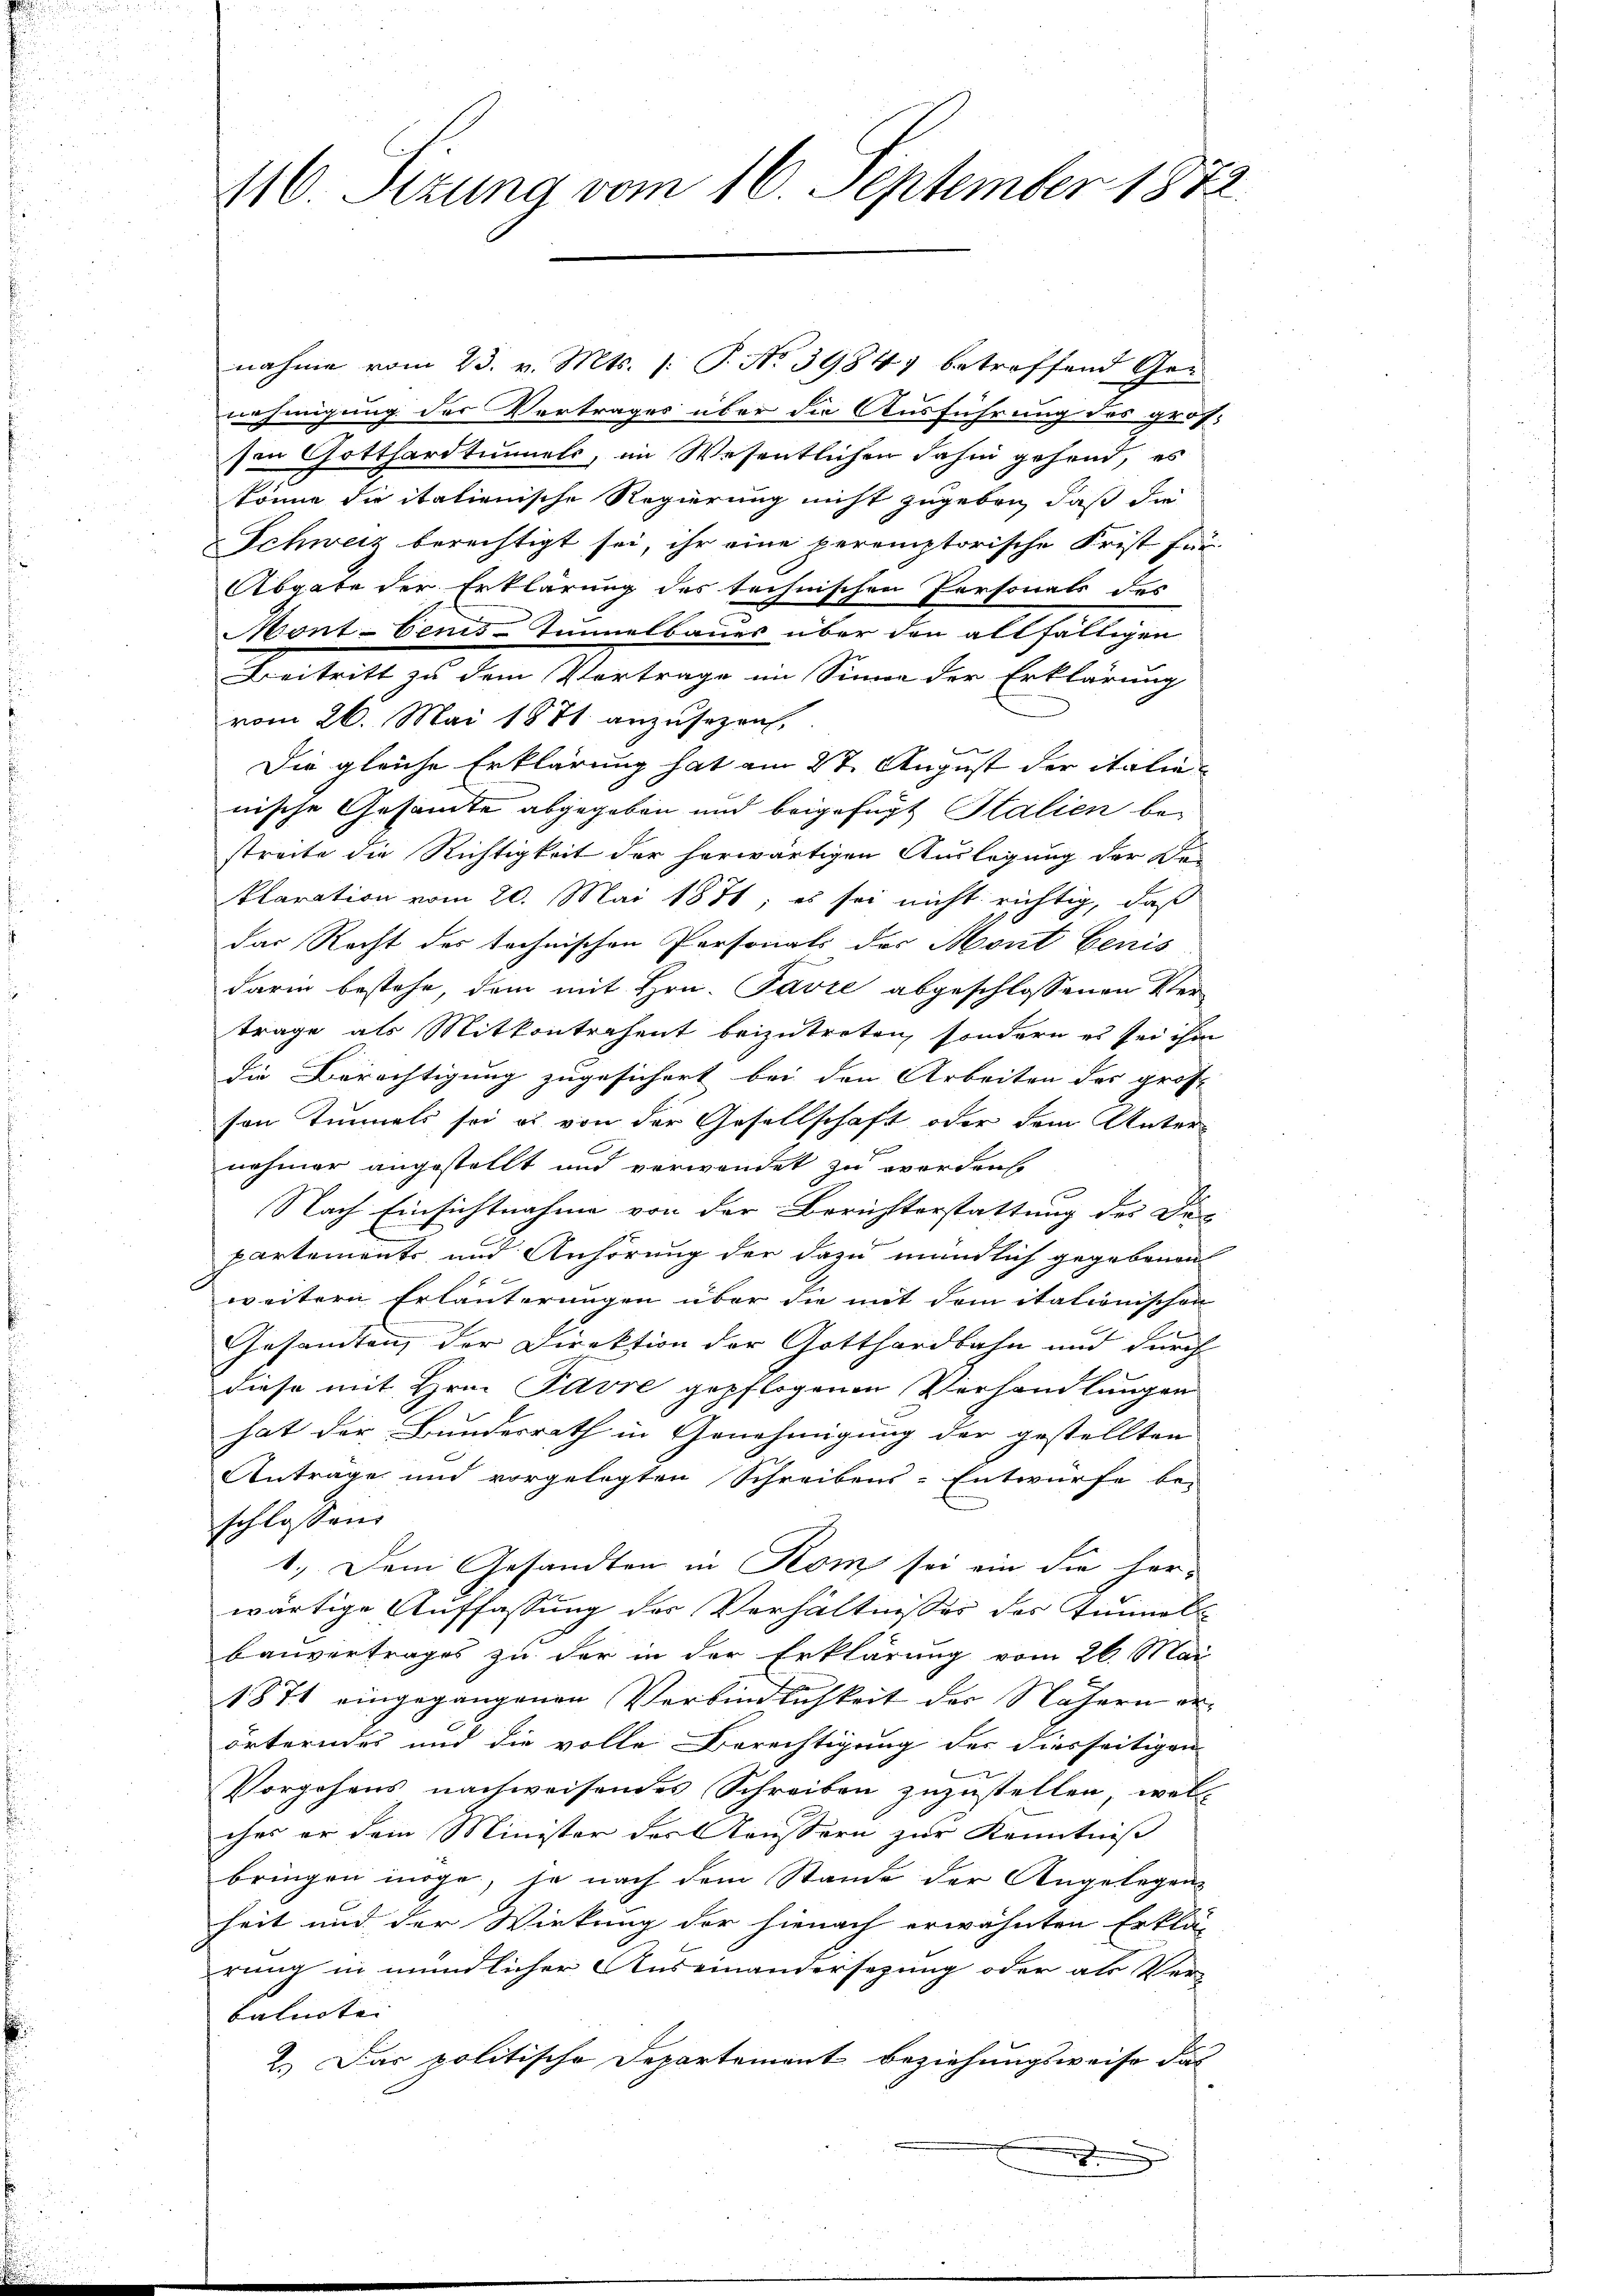
116. Sizung vom 16. September 1872.

nahme vom 23. v. Mts. 1. P. No 39847 betreffend Genehmigung der Vertrages über die Ausführung des größsen Gotthardtunnels, im Wesentlichen dahin gehend, es
könne sie itationische Regierung nicht zugeben, daß die
Schweiz berechtigt sei, ihr eine peremptorische Frist für
Abgabe der Erklärung des technischen Personats des
Mont benis Immelbaues über den allfälligen
Beitritt zu dem Vertrage im Sinne der Erklärung
vom 26. Mai 1871 anzusezen,
e
Die gleiche Erklärung hat am 27. August der italie
nische Gesamte abgegeben und beigefügt Stalien be-
streite die Richtigkeit der herwärtigen Auslegung der De-
klaration vom 20. Mai 1871; es sei nicht richtig, daß
das Recht des technischen Personals des Mont benis
darin bestehe, dem mit Hrn. Favre abgeschlossenen Ver-
trage als Mitkontrahent beizutreten, sondern es sei ihm
die Berechtigung zugesichert bei den Arbeiten des gros
sen Tunnels sei es von der Gesellschaft oder dem Unter-
nehmer angestellt und verwendet zu werden.
Nach Einsichtnahme von der Berichterstattung des Dis
partements und Anhörung der dazu mündlich gegebenen
weitern Erläuterungen über die mit dem italionischen
Gesamten der Direktion der Gotthardbahn und durch
diese mit Hrn. Favre gepflogenen Verhandlungen
hat der Bundesrath in Genehmigung der gestellten
Antrage und vorgelegten Schreibens-Entwürfe be-
schlossen.
1.) Dem Gesandten in Rom sei ein die her-
wärtige Auffassung der Verhältnisses des Tunnel
Bauvertrages zu der in der Erklärung vom 26. Mai
1871 eingegangenen Verbindlichkeit der Nähern erörterndes und die volle Berechtigung des diesseitigen
Vorgehens nachweisendes Schreiben zuzustellen, wel-
ches er dem Minister der Aeussern zur Kenntniß
bringen möge, ja nach dem Stande der Angelegen-
heit und der Wirkung der hienach erwähnten Erklä-
rung in mündlicher Auseinandersezung oder als Ver-
balnoten |
2.) Das politische Departement Beziehungsweise das
e